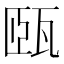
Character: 㼢